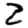
Digit: 2